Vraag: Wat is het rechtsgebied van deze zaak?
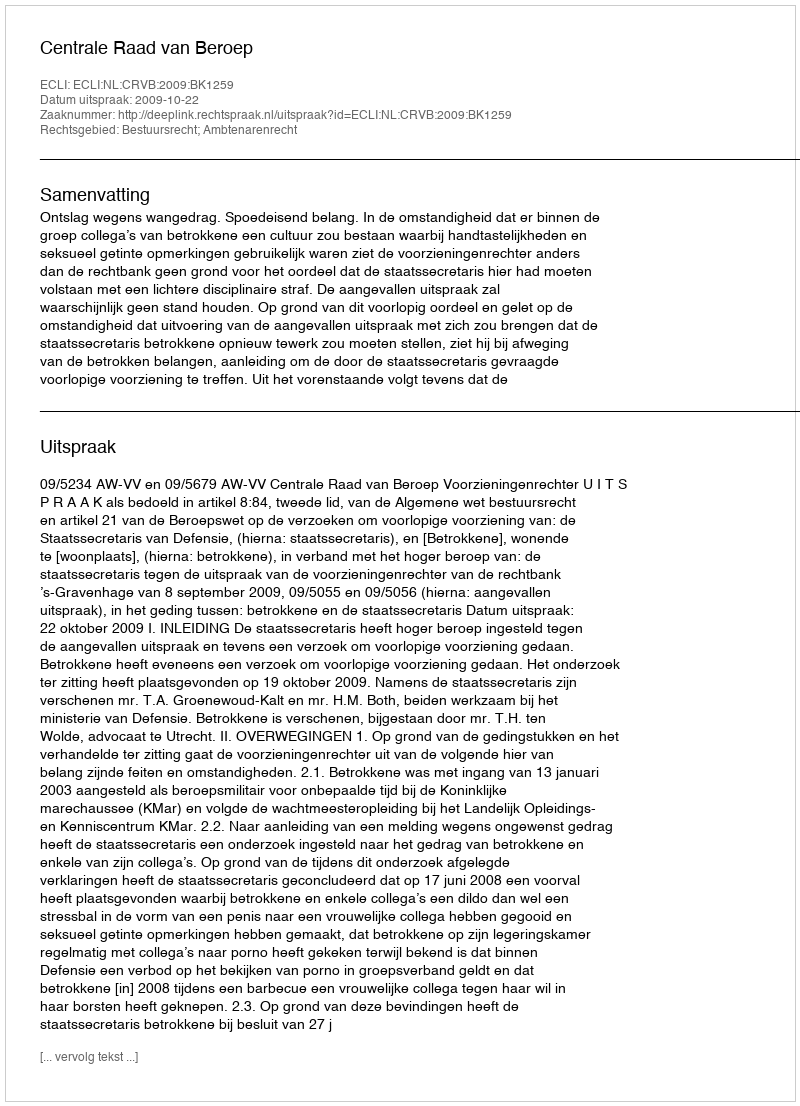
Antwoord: Bestuursrecht; Ambtenarenrecht